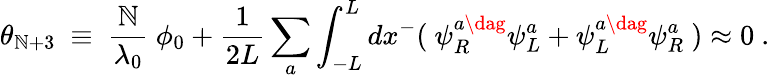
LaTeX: \theta_{\mathbb{N}+3}~\equiv~\frac{{\mathbb{N}}}{{\lambda_{0}}}~\phi_{0}+\frac{{1}}{{2L}}\sum_{a}\int_{-L}^{L}dx^{-}(~\psi_{R}^{a\dag}\psi_{L}^{a}+\psi_{L}^{a\dag}\psi_{R}^{a}~)\approx0~.